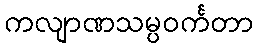
ကလျာဏသမ္ပဝင်္ကတာ